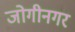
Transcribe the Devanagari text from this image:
जोगीनगर